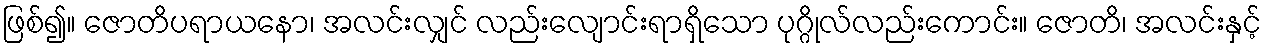
ဖြစ်၍။ ဇောတိပရာယနော၊ အလင်းလျှင် လည်းလျောင်းရာရှိသော ပုဂ္ဂိုလ်လည်းကောင်း။ ဇောတိ၊ အလင်းနှင့်